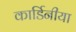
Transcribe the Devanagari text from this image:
कार्डिनीया